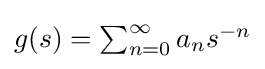
{\textstyle g(s)=\sum _{n=0}^{\infty }a_{n}s^{-n}}